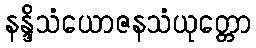
နန္ဒိသံယောဇနသံယုတ္တော